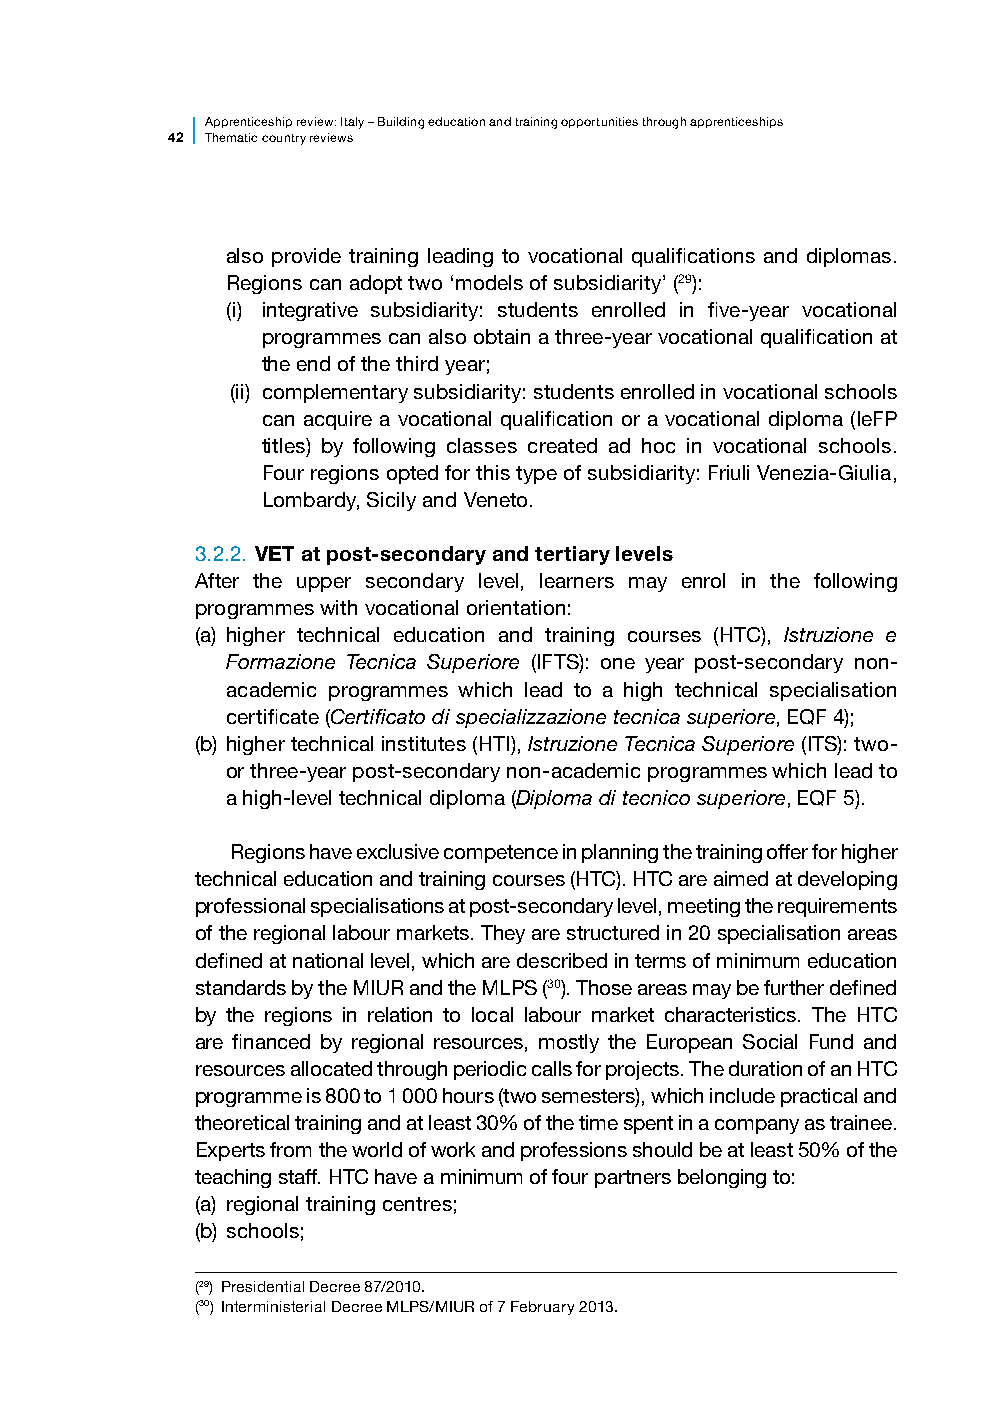
Apprenticesh ip review: Italy – Building education and training opportunities through apprenticeships
 42 Thematic country reviews
 also provide training leading to vocational qualifications and diplomas.
 Regions can adopt two ‘models of subsidiarity’ (29):
 (i) integrative subsidiarity: students enrolled in five-year vocational
 programmes can also obtain a three-year vocational qualification at
 the end of the third year;
 (ii) c omplementary subsidiarity: students enrolled in vocational schools
 can acquire a vocational qualification or a vocational diploma (IeFP
 titles) by following classes created ad hoc in vocational schools.
 Four regions opted for this type of subsidiarity: Friuli Venezia-Giulia,
 Lombardy, Sicily and Veneto.
 3.2.2. VET at post-secondary and tertiary levels
 After the upper secondary level, learners may enrol in the following
 programmes with vocational orientation:
 (a) higher technical education and training courses (HTC), Istruzione e
 Formazione Tecnica Superiore (IFTS): one year post-secondary non-
 academic programmes which lead to a high technical specialisation
 certificate (Certificato di specializzazione tecnica superiore, EQF 4);
 (b) higher technical institutes (HTI), Istruzione Tecnica Superiore (ITS): two-
 or three-year post-secondary non-academic programmes which lead to
 a high-level technical diploma (Diploma di tecnico superiore, EQF 5).
 Regions have exclusive competence in planning the training offer for higher
 technical education and training courses (HTC). HTC are aimed at developing
 professional specialisations at post-secondary level, meeting the requirements
 of the regional labour markets. They are structured in 20 specialisation areas
 defined at national level, which are described in terms of minimum education
 standards by the MIUR and the MLPS (30). Those areas may be further defined
 by the regions in relation to local labour market characteristics. The HTC
 are financed by regional resources, mostly the European Social Fund and
 resources allocated through periodic calls for projects. The duration of an HTC
 programme is 800 to 1 000 hours (two semesters), which include practical and
 theoretical training and at least 30% of the time spent in a company as trainee.
 Experts from the world of work and professions should be at least 50% of the
 teaching staff. HTC have a minimum of four partners belonging to:
 (a) regional training centres;
 (b) schools;
 (29) Presidential Decree 87/2010.
 (30) Interministerial Decree MLPS/MIUR of 7 February 2013.